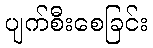
ပျက်စီးစေခြင်း